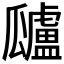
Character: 𤬜